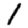
Digit: 1